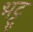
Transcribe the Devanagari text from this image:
भट्टू